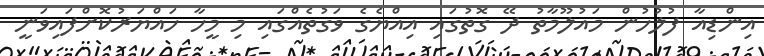
އިންޑިއާ ފުލުހުން މައުލޫމާތު ދޭ ގޮތުގައި އިއްޔެގެ ވަގުތެއްގައި މި މީހާ ހައްޔަރުކޮށްފައިވަނީ